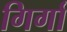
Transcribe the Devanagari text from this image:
गिर्गा